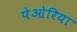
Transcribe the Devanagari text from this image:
पेओरिया